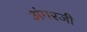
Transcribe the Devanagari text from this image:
अंगरजी